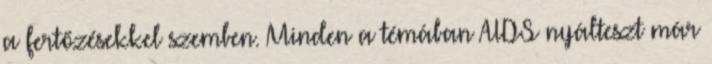
a fertőzésekkel szemben. Minden a témában AIDS nyálteszt már